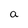
Character: a